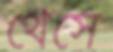
থেসে